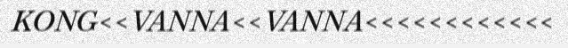
KONG<<VANNA<<VANNA<<<<<<<<<<<<